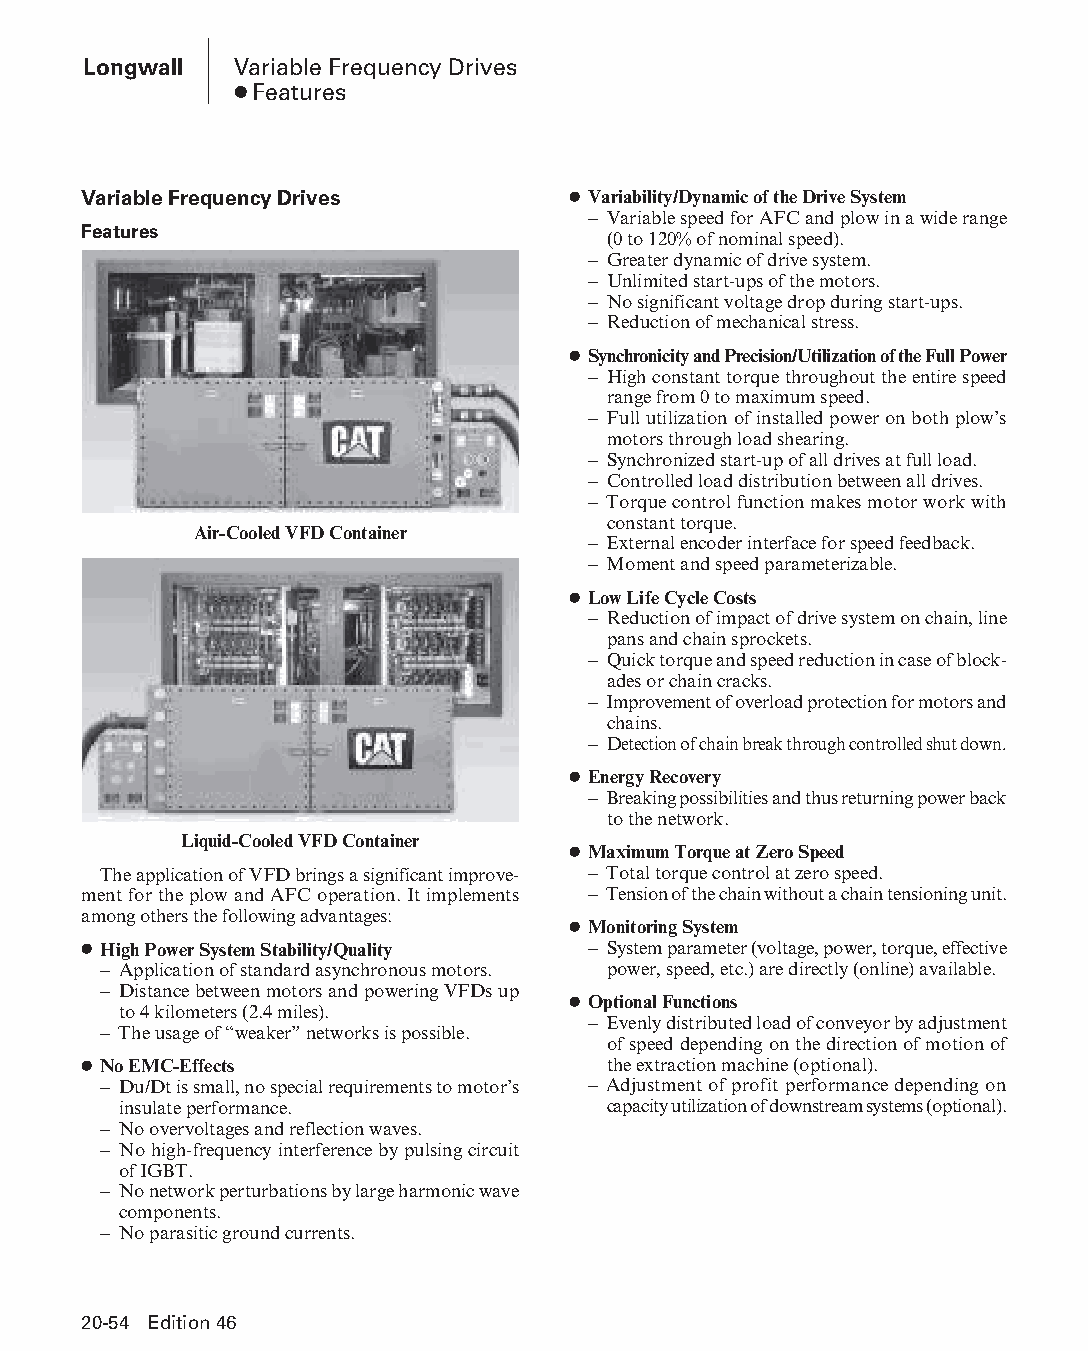
Longwall  Variable Frequency Drives
 ● Features
 Variable Frequency Drives       ● Variability/Dynamic of the Drive System
 – Variable speed for AFC and plow in a wide range
 Features
 (0 to 120% of nominal speed).
 – Greater dynamic of drive system.
 – Unlimited start-ups of the motors.
 – No significant voltage drop during start-ups.
 – Reduction of mechanical stress.
 ● Synchronicity and Precision/Utilization of the Full Power
 – High constant torque throughout the entire speed
 range from 0 to maximum speed.
 – Full utilization of installed power on both plow’s
 motors through load shearing.
 – Synchronized start-up of all drives at full load.
 – Controlled load distribution between all drives.
 – Torque control function makes motor work with
 constant torque.
 Air-Cooled VFD Container
 – External encoder interface for speed feedback.
 – Moment and speed parameterizable.
 ● Low Life Cycle Costs
 – Reduction of impact of drive system on chain, line
 pans and chain sprockets.
 – Quick torque and speed reduction in case of block-
 ades or chain cracks.
 – Improvement of overload protection for motors and
 chains.
 – Detection of chain break through controlled shut down.
 ● Energy Recovery
 – Breaking possibilities and thus returning power back
 to the network.
 Liquid-Cooled VFD Container
 ● Maximum Torque at Zero Speed
 The application of VFD brings a significant improve- – Total torque control at zero speed.
 ment for the plow and AFC operation. It implements – Tension of the chain without a chain tensioning unit.
 among others the following advantages:
 ● Monitoring System
 ● High Power System Stability/Quality – System parameter (voltage, power, torque, effective
 – Application of standard asynchronous motors. power, speed, etc.) are directly (online) available.
 – Distance between motors and powering VFDs up
 ● Optional Functions
 to 4 kilometers (2.4 miles).
 – Evenly distributed load of conveyor by adjustment
 – The usage of “weaker” networks is possible.
 of speed depending on the direction of motion of
 ● No EMC-Effects                   the extraction machine (optional).
 – Du/Dt is small, no special requirements to motor’s – Adjustment of profit performance depending on
 insulate performance.            capacity utilization of downstream systems (optional).
 – No overvoltages and reflection waves.
 – No high-frequency interference by pulsing circuit
 of IGBT.
 – No network perturbations by large harmonic wave
 components.
 – No parasitic ground currents.
 20-54 Edition 46
 PPHHBB--SSeecc2200--LLoonnggwwaallll((ppgg002255--112200))..iinndddd 5544 1122//44//1155 1111::0022 AAMM